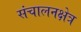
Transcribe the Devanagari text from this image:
संचालनक्षेत्र